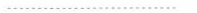
……